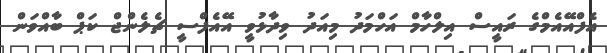
އެފްއޭއެމްގެ ރައީސް އިލްހާމް އަހްމަދު މިއަދު ވިދާޅުވީ އޭއެފްސީ ޗެލެންޖް ކަޕް ބާއްވަން